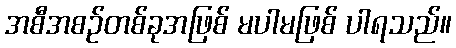
အစီအစဉ်တစ်ခုအဖြစ် မပါမဖြစ် ပါရသည်။